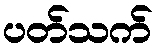
ပတ်သက်